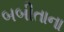
બબીતાના